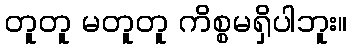
တူတူ မတူတူ ကိစ္စမရှိပါဘူး။